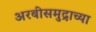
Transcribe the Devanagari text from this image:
अरबीसमुद्राच्या